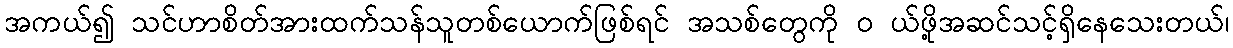
အကယ်၍ သင်ဟာစိတ်အားထက်သန်သူတစ်ယောက်ဖြစ်ရင် အသစ်တွေကို ၀ ယ်ဖို့အဆင်သင့်ရှိနေသေးတယ်၊